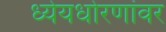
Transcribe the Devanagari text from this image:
ध्येयधोरणांवर